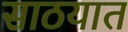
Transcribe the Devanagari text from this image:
साठयात